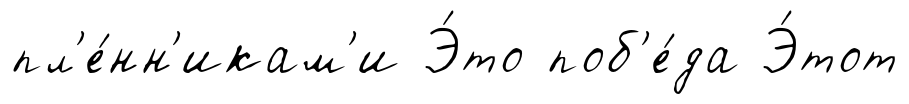
пл'е́нн'икам'и Э́то поб'е́да Э́тот